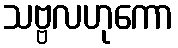
သဗ္ဗလဟုကော